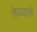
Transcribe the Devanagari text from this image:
ठेव्याचे